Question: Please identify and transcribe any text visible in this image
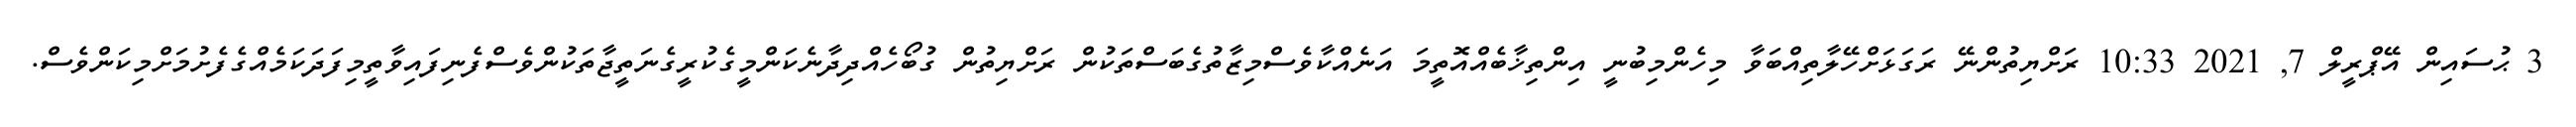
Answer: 3 ޙުސައިން އޭޕްރީލް 7, 2021 10:33 ރަށްޔިތުންނޭ ރަގަޅަށްހޭލާތިއްބަވާ މިހެންމިބުނީ އިންތިޚާބެއްއޮތީމަ އަނެއްކާވެސްމިޒާތުގެބަސްތަކުން ރަށްޔިތުން ގުބޯހެއްދިދާނެކަންމީގެކުރީގެނަތީޖާތަކުންވެސްފެނިފައިވާތީމިފަދަކަމެއްގެފެށުމަށްމިކަންވެސް.